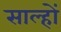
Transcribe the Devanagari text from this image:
साल्हों